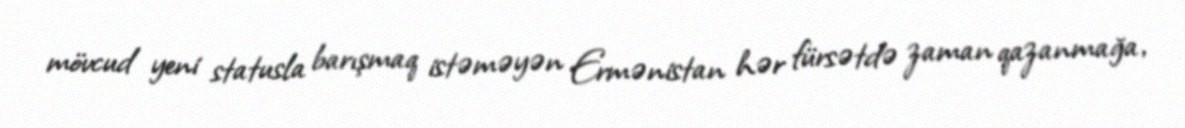
mövcud yeni statusla barışmaq istəməyən Ermənistan hər fürsətdə zaman qazanmağa,